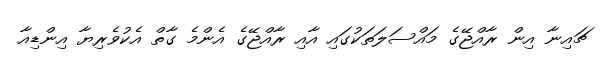
ޗައިނާ އިން ރާއްޖޭގެ މައްސަލަތަކުގައި އާއި ރާއްޖޭގެ އެންމެ ގާތް އެކުވެރިޔާ އިންޑިއާ